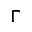
\Gamma